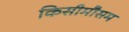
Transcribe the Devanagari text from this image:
किसीमौसम